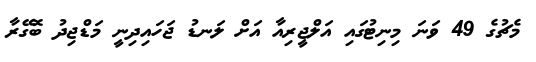
މެޗުގެ 49 ވަނަ މިނިޓުގައި އަލްޖީރިއާ އަށް ލަނޑު ޖަހައިދިނީ މަޑްޖިދު ބޮގޭރާ